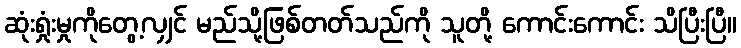
ဆုံးရှုံးမှုကိုတွေ့လျှင် မည်သို့ဖြစ်တတ်သည်ကို သူတို့ ကောင်းကောင်း သိပြီးပြီ။